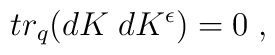
tr_q(dK\;dK^{\epsilon}) =0 \;,